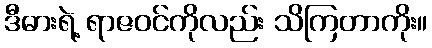
ဒီဓားရဲ့ ရာဇဝင်ကိုလည်း သိကြတာကိုး။